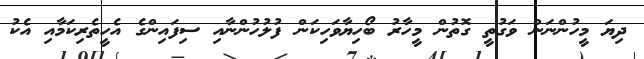
ދިޔަ މީހުންނަން ވަގުތީ ގޮތުން މީހާރު ބޯހިޔާވަހިކަން ފުލުހުންނާއި ސިފައިންގެ އެހީތެރިކަމާއި އެކު